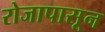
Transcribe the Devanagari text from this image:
रोजापासून